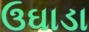
ઉઘાડા